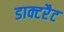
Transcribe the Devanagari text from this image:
डाक्टरैट